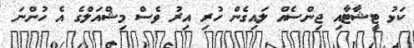
ކަޅު ޓީޝާޓާއި ޖިންސެއް ލައިގެން ހުރި އިރު ވެސް މިޝްއަލްގެ އެ ހުންނަ